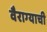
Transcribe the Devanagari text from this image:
वैराग्‍याची